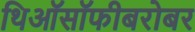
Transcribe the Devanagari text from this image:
थिऑसॉफीबरोबर